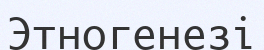
Этногенезі